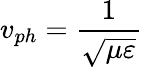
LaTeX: v_{ph}={\frac{1}{\sqrt{\mu\varepsilon}}}